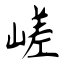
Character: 嵯